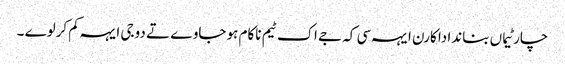
چار ٹیماں بناندا دا کارن ایہہ سی کہ جے اک ٹیم ناکام ہو جاوے تے دوجی ایہہ کم کرلوے ۔